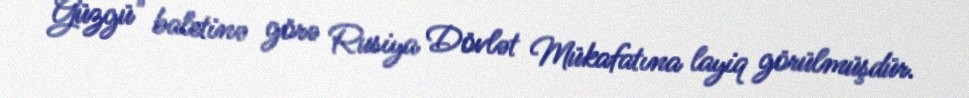
Güzgü" baletinə görə Rusiya Dövlət Mükafatına layiq görülmüşdür.